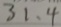
3 1 、 4